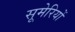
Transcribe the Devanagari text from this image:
सूमेरियों